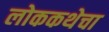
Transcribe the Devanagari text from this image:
लोककथेचा